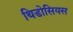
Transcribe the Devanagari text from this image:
थिडोसियस